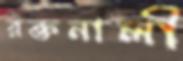
রক্তনালী